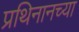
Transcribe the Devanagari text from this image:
प्रथिनानच्या